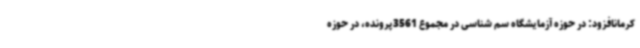
کرمانافزود: در حوزه آزمایشگاه سم شناسی در مجموع 3561پرونده، در حوزه